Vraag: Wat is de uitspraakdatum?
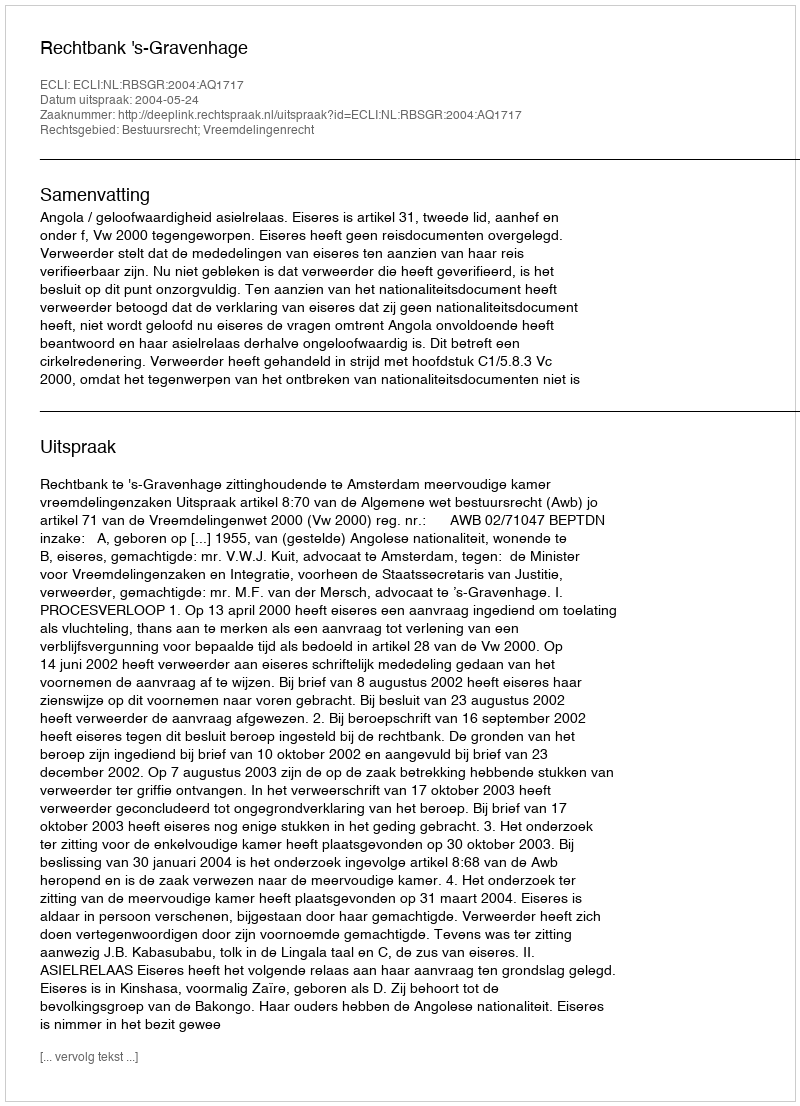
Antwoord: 2004-05-24